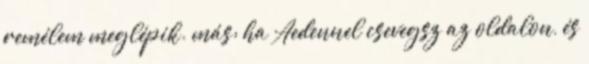
remélem meglépik. más: ha Aedennel csevegsz az oldalon, és